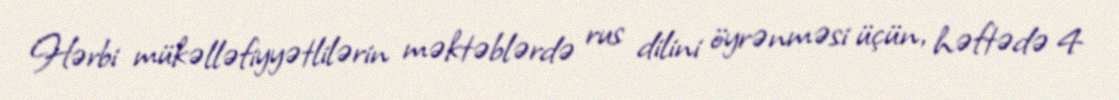
Hərbi mükəlləfiyyətlilərin məktəblərdə rus dilini öyrənməsi üçün, həftədə 4